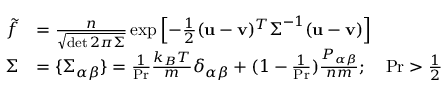
\begin{array} { r l } { \Tilde { f } } & { = \frac { n } { \sqrt { \operatorname* { d e t } 2 \pi \boldsymbol { \Sigma } } } \exp \left[ - \frac { 1 } { 2 } ( \mathbf { u } - \mathbf { v } ) ^ { T } \boldsymbol { \Sigma } ^ { - 1 } ( \mathbf { u } - \mathbf { v } ) \right] } \\ { \boldsymbol { \Sigma } } & { = \{ \Sigma _ { \alpha \beta } \} = \frac { 1 } { \operatorname* { P r } } \frac { k _ { B } T } { m } \delta _ { \alpha \beta } + ( 1 - \frac { 1 } { \operatorname* { P r } } ) \frac { P _ { \alpha \beta } } { n m } ; \quad \operatorname* { P r } > \frac { 1 } { 2 } } \end{array}